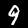
Label: 9